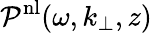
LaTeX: \mathcal{P}^{\mathrm{{nl}}}(\omega,k_{\perp},z)